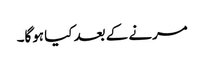
مرنے کے بعد کیا ہوگا۔